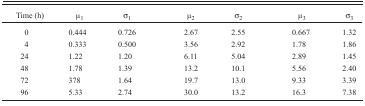
<table><thead><tr><td><b>Time (h)</b></td><td><b>μ<sub>1</sub></b></td><td><b>σ<sub>1</sub></b></td><td><b>μ<sub>2</sub></b></td><td><b>σ<sub>2</sub></b></td><td><b>μ<sub>3</sub></b></td><td><b>σ<sub>3</sub></b></td></tr></thead><tbody><tr><td>0</td><td>0.444</td><td>0.726</td><td>2.67</td><td>2.55</td><td>0.667</td><td>1.32</td></tr><tr><td>4</td><td>0.333</td><td>0.500</td><td>3.56</td><td>2.92</td><td>1.78</td><td>1.86</td></tr><tr><td>24</td><td>1.22</td><td>1.20</td><td>6.11</td><td>5.04</td><td>2.89</td><td>1.45</td></tr><tr><td>48</td><td>1.78</td><td>1.39</td><td>13.2</td><td>10.1</td><td>5.56</td><td>2.40</td></tr><tr><td>72</td><td>378</td><td>1.64</td><td>19.7</td><td>13.0</td><td>9.33</td><td>3.39</td></tr><tr><td>96</td><td>5.33</td><td>2.74</td><td>30.0</td><td>13.2</td><td>16.3</td><td>7.38</td></tr></tbody></table>